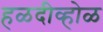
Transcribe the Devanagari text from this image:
हळदीव्होळ